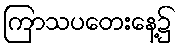
ကြာသပတေးနေ့၌